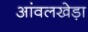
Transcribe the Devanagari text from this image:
आंवलखेड़ा